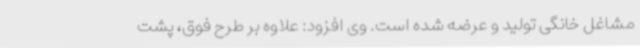
مشاغل خانگی تولید و عرضه شده است. وی افزود: علاوه بر طرح فوق، پشت